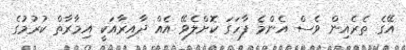
އޭގެ ތެރެއިން ވެސް އެންމެ ފާހަގަ ކޮށްލެވޭ އެއް ދާއިރާއަކީ އިމާރާތް ކުރުމުގެ